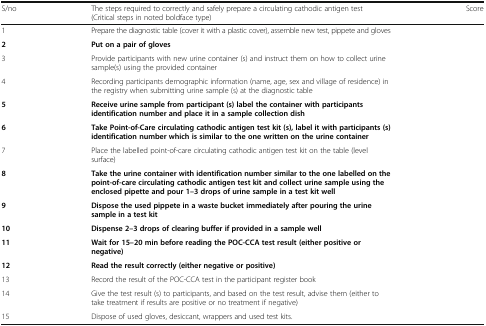
<table><thead><tr><td><b>S/no</b></td><td><b>The steps required to correctly and safely prepare a circulating cathodic antigen test (Critical steps in noted boldface type)</b></td><td><b>Score</b></td></tr></thead><tbody><tr><td>1</td><td>Prepare the diagnostic table (cover it with a plastic cover), assemble new test, pippete and gloves</td><td></td></tr><tr><td><b>2</b></td><td><b>Put on a pair of gloves</b></td><td></td></tr><tr><td>3</td><td>Provide participants with new urine container (s) and instruct them on how to collect urine sample(s) using the provided container</td><td></td></tr><tr><td>4</td><td>Recording participants demographic information (name, age, sex and village of residence) in the registry when submitting urine sample (s) at the diagnostic table</td><td></td></tr><tr><td><b>5</b></td><td><b>Receive urine sample from participant (s) label the container with participants identification number and place it in a sample collection dish</b></td><td></td></tr><tr><td><b>6</b></td><td><b>Take Point-of-Care circulating cathodic antigen test kit (s), label it with participants (s) identification number which is similar to the one written on the urine container</b></td><td></td></tr><tr><td>7</td><td>Place the labelled point-of-care circulating cathodic antigen test kit on the table (level surface)</td><td></td></tr><tr><td><b>8</b></td><td><b>Take the urine container with identification number similar to the one labelled on the point-of-care circulating cathodic antigen test kit and collect urine sample using the enclosed pipette and pour 1–3 drops of urine sample in a test kit well</b></td><td></td></tr><tr><td><b>9</b></td><td><b>Dispose the used pippete in a waste bucket immediately after pouring the urine sample in a test kit</b></td><td></td></tr><tr><td><b>10</b></td><td><b>Dispense 2–3 drops of clearing buffer if provided in a sample well</b></td><td></td></tr><tr><td><b>11</b></td><td><b>Wait for 15–20 min before reading the POC-CCA test result (either positive or negative)</b></td><td></td></tr><tr><td><b>12</b></td><td><b>Read the result correctly (either negative or positive)</b></td><td></td></tr><tr><td>13</td><td>Record the result of the POC-CCA test in the participant register book</td><td></td></tr><tr><td>14</td><td>Give the test result (s) to participants, and based on the test result, advise them (either to take treatment if results are positive or no treatment if negative)</td><td></td></tr><tr><td>15</td><td>Dispose of used gloves, desiccant, wrappers and used test kits.</td><td></td></tr></tbody></table>